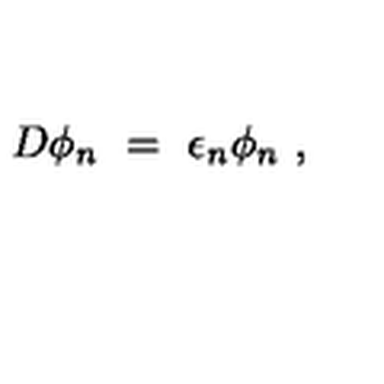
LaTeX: D \phi _ { n } \ = \ \epsilon _ { n } \phi _ { n } \ ,